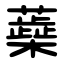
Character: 蘃